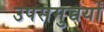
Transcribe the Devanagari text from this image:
उपसमुच्चर्यों